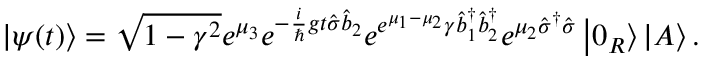
\left\vert \psi ( t ) \right\rangle = \sqrt { 1 - \gamma ^ { 2 } } e ^ { \mu _ { 3 } } e ^ { - \frac { i } { \hslash } g t \hat { \sigma } \hat { b } _ { 2 } } e ^ { e ^ { \mu _ { 1 } - \mu _ { 2 } } \gamma \hat { b } _ { 1 } ^ { \dagger } \hat { b } _ { 2 } ^ { \dagger } } e ^ { \mu _ { 2 } \hat { \sigma } ^ { \dagger } \hat { \sigma } } \left\vert 0 _ { R } \right\rangle \left\vert A \right\rangle .